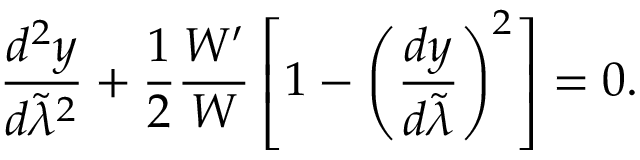
{ \frac { d ^ { 2 } y } { d \tilde { \lambda } ^ { 2 } } } + { \frac { 1 } { 2 } } { \frac { { \cal W } ^ { \prime } } { \cal W } } \left[ 1 - \left( { \frac { d y } { d \tilde { \lambda } } } \right) ^ { 2 } \right] = 0 .